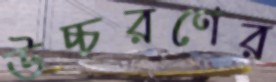
উচ্চরণের